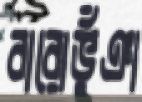
বারোভুঁঞা